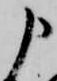
申